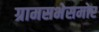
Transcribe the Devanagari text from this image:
ग्रामसभेसमोर